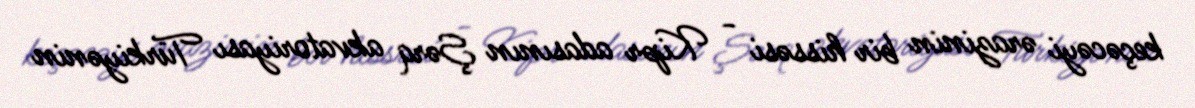
keçəcəyi ərazinin bir hissəsi - Kipr adasının Şərq akvatoriyası Türkiyənin